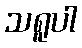
သရူပါ